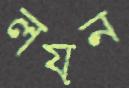
লয়ন